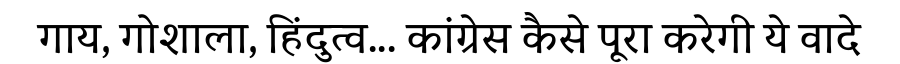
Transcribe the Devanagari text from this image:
गाय, गोशाला, हिंदुत्व... कांग्रेस कैसे पूरा करेगी ये वादे